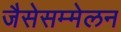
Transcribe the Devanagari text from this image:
जैसेसम्मेलन